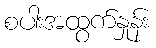
စပါးအထွက်နှုန်း